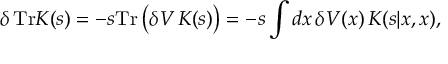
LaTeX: \delta \, \mathrm { T r } K ( s ) = - s \mathrm { T r } \, \big ( \delta V \, K ( s ) \big ) = - s \int d x \, \delta V ( x ) \, K ( s | x , x ) ,